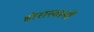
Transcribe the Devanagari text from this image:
होरास्वामीं